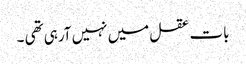
بات عقل میں نہیں آرہی تھی ۔